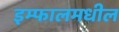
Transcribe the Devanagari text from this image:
इम्फालमधील